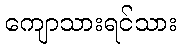
ကျောသားရင်သား